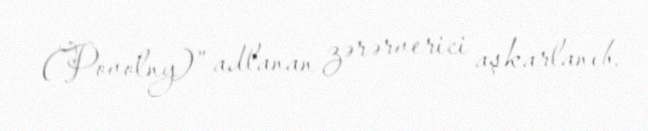
(Povolny)” adlanan zərərverici aşkarlanıb.